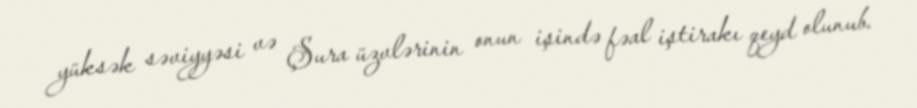
yüksək səviyyəsi və Şura üzvlərinin onun işində fəal iştirakı qeyd olunub.